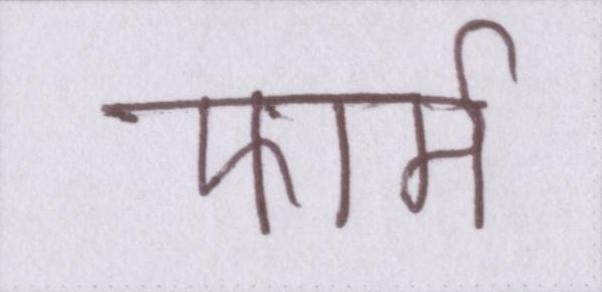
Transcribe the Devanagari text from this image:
फार्म